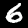
Label: 6